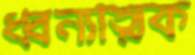
ধ্বন্যাত্মক